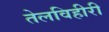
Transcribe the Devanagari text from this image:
तेलविहीरी